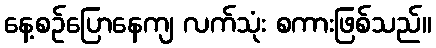
နေ့စဉ်ပြောနေကျ လက်သုံး စကားဖြစ်သည်။